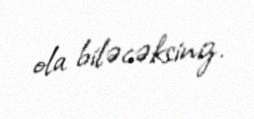
ola biləcəksiniz.